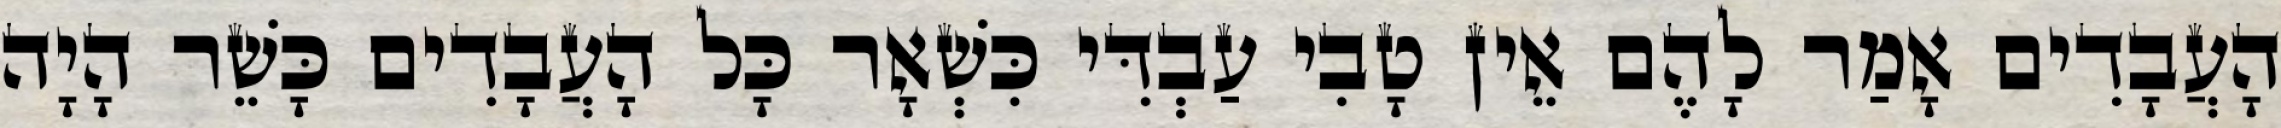
הָעֲבָדִים אָמַר לָהֶם אֵין טָבִי עַבְדִּי כִּשְׁאָר כָּל הָעֲבָדִים כָּשֵׁר הָיָה